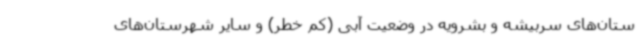
ستان‌های سربیشه و بشرویه در وضعیت آبی (کم خطر) و سایر شهرستان‌های